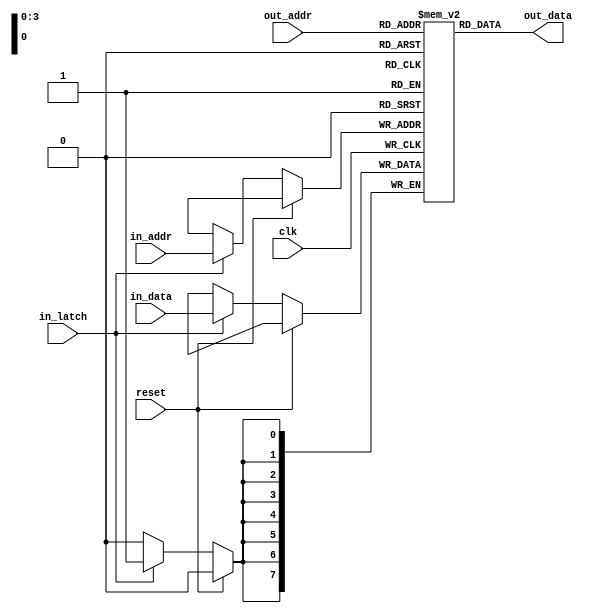
module ram(clk,reset,in_data,in_addr,in_latch,out_data,out_addr);
//User-defined parameters
parameter DATA_WIDTH = 8;
parameter DEPTH_LOG2 = 4;
parameter DEPTH = (1 << DEPTH_LOG2);

//Ports
input clk;
input reset;
input [DATA_WIDTH-1:0] in_data;
input [DEPTH_LOG2-1:0] in_addr;
input in_latch;
output [DATA_WIDTH-1:0] out_data;
input [DEPTH_LOG2-1:0] out_addr;

//Locals
reg [DATA_WIDTH-1:0] ram [DEPTH-1:0];
assign out_data = ram[out_addr];

always @(posedge clk) begin
	if(reset) begin
		//Not sure if there's really anything to do in the reset state...
	end else begin
		if(in_latch) begin
			ram[in_addr] <= in_data;
		end
		//out_data <= ram[out_addr];
	end
end

endmodule